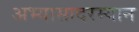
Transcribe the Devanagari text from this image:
अभ्यासादरम्यान